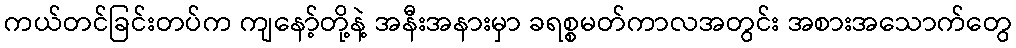
ကယ်တင်ခြင်းတပ်က ကျနော့်တို့နဲ့ အနီးအနားမှာ ခရစ္စမတ်ကာလအတွင်း အစားအသောက်တွေ